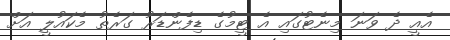
އެއީ ދެ ވަނަ މިނެޓުގައި އެ ޓީމުގެ ޑިފެންޑަރު ގަރެތު މެކައުލީ އަށް